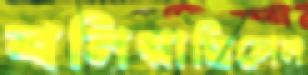
বনিয়াছিলেন